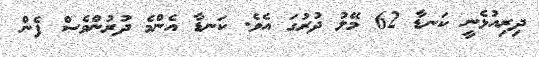
ދިރިއުޅެނީ ކަނޑާ 62 މޭލު ދުރުގަ އެވެ. ކަނޑާ އެންމެ ދުރުންވެސް ފެން